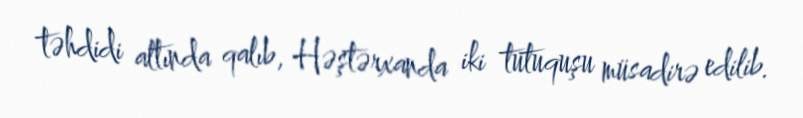
təhdidi altında qalıb, Həştərxanda iki tutuquşu müsadirə edilib.